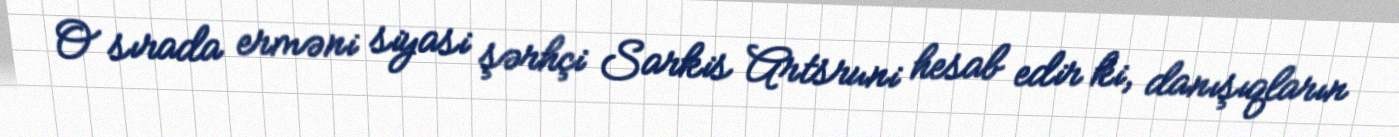
O sırada erməni siyasi şərhçi Sarkis Artsruni hesab edir ki, danışıqların